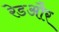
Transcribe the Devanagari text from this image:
रेडऔर